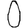
Digit: 0